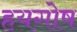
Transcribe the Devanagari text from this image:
हयगोष